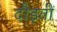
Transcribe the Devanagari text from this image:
दौड़तीं